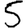
Digit: 5